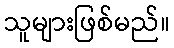
သူများဖြစ်မည်။